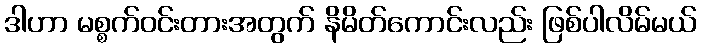
ဒါဟာ မစ္စက်ဝင်းတားအတွက် နိမိတ်ကောင်းလည်း ဖြစ်ပါလိမ်မယ်